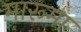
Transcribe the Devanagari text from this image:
मारूमा